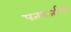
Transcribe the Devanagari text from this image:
पतदर्जाची